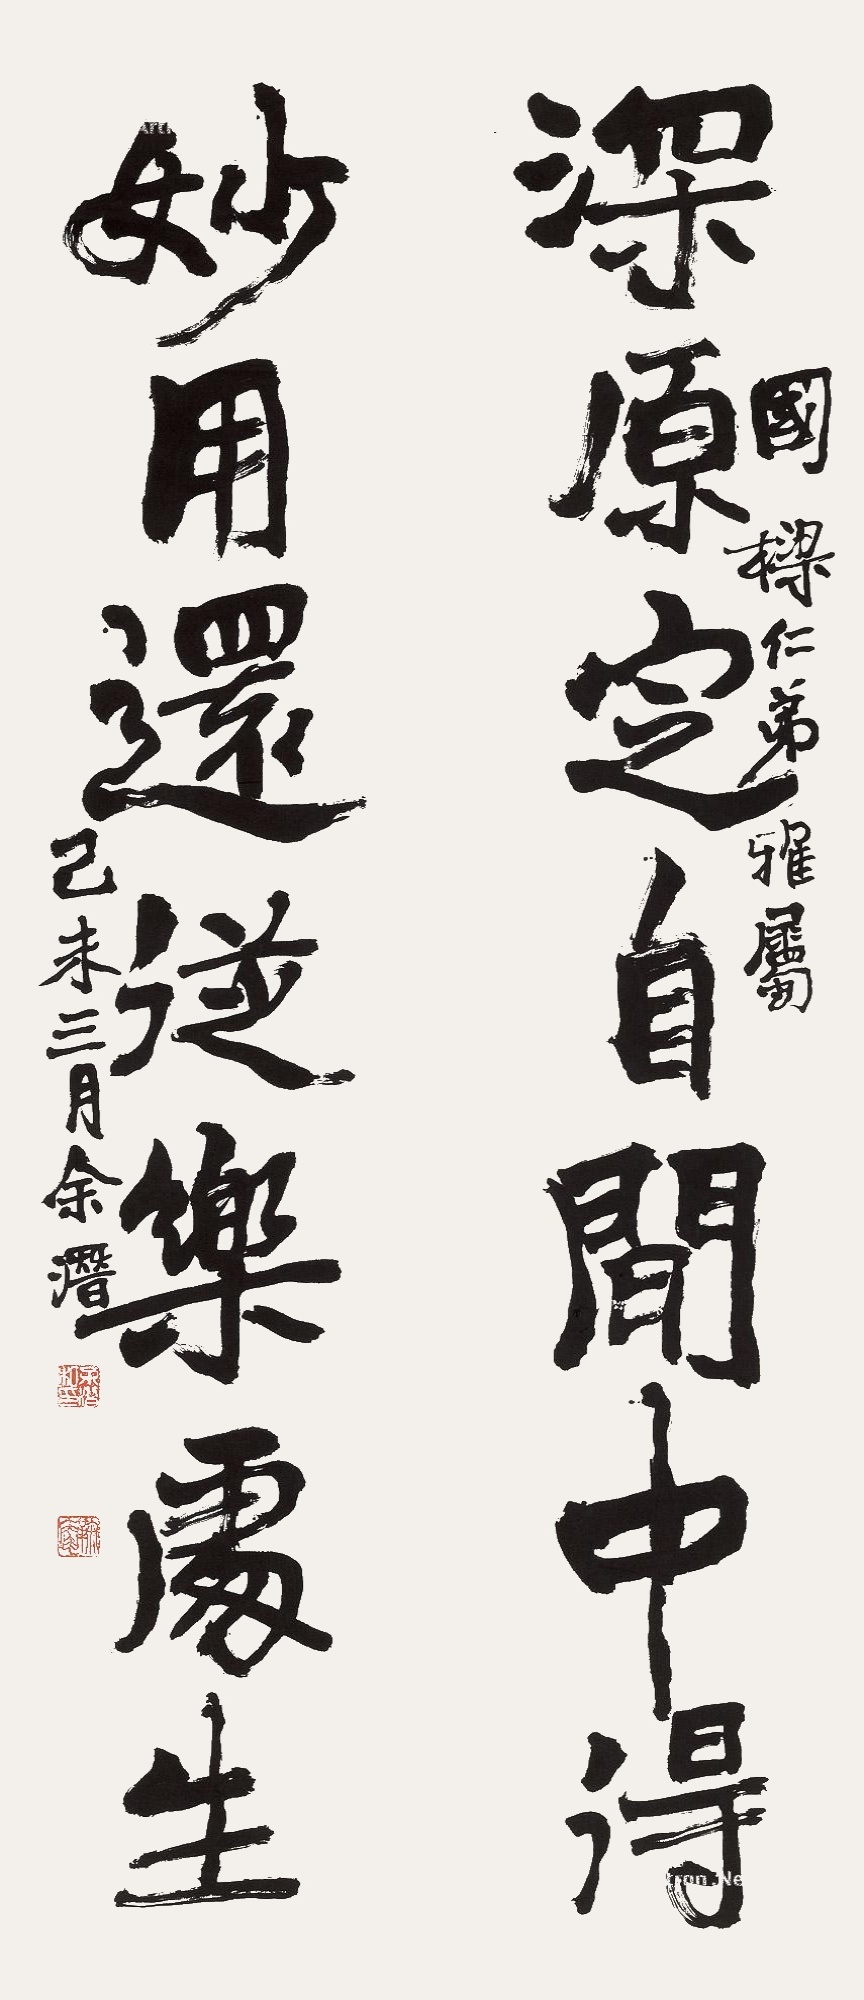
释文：深源定自闲中得，妙用还从乐处生。国梁仁弟雅属，己未（1979年）三月，余潜。